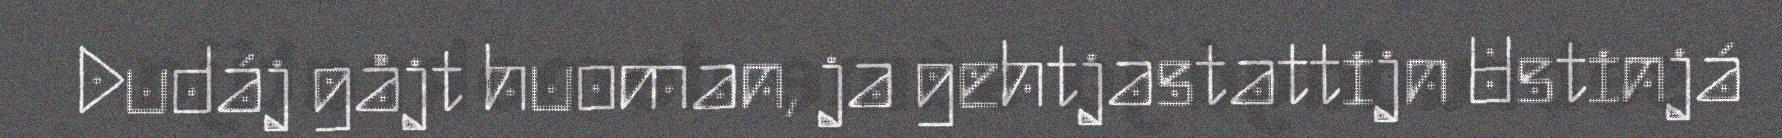
Dudáj gåjt huoman, ja gehtjastattijn Ustinjá